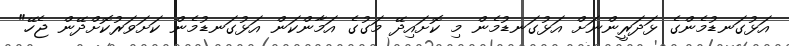
އަޅުގަނޑުމެންގެ ޅަދަރީންނަށް އަޅުގަނޑުމެން މި ކޮށައިދޭ މަގުގެ އަމާންކަން އަޅުގަނޑުމެން ކަށަވަރުކޮށްދޭން ޖެހޭ"